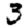
Digit: 3